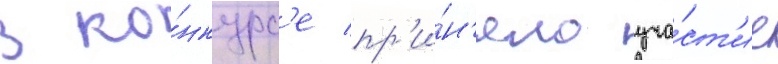
В ко́нкурс'е пр'и́н'яло уча́ст'ие